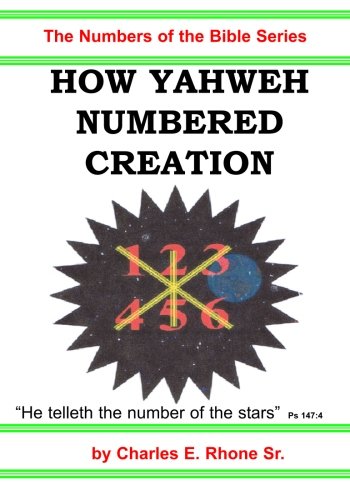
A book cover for How Yahweh Numbered Creation: How Yahweh Numbered His Creation of the Heavens and the Earth; Charles E. Rhone Sr.; Religion & Spirituality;